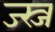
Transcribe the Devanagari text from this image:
ज्स्ज